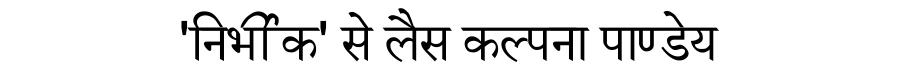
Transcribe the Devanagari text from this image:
'निर्भीक' से लैस कल्पना पाण्डेय